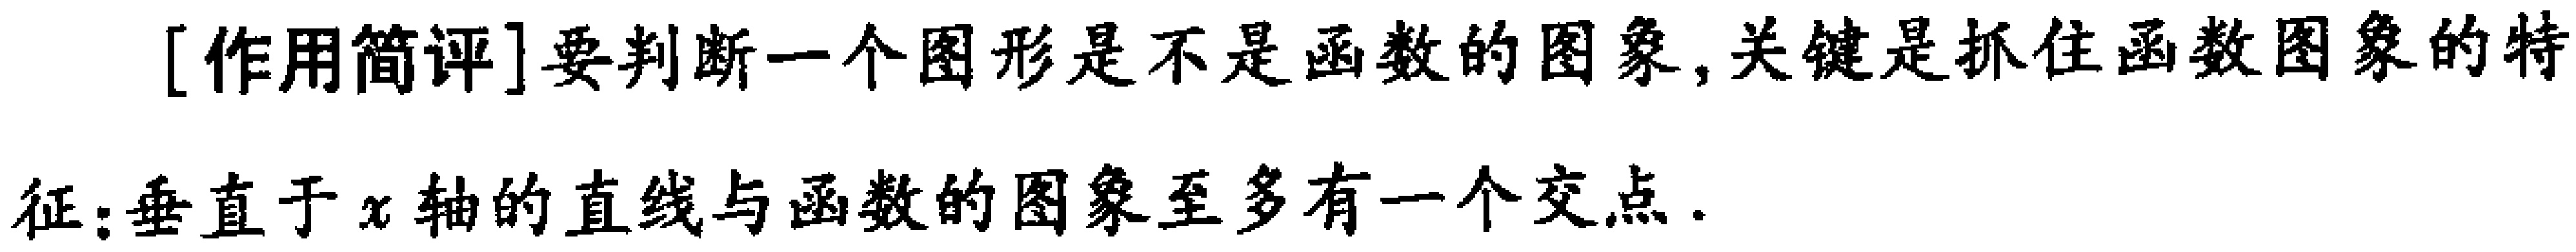
[作用简评]要判断一个图形是不是函数的图象,关键是抓住函数图象的特

征:垂直于\(x\)轴的直线与函数的图象至多有一个交点.